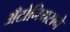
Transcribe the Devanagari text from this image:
अँटोनियसने